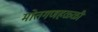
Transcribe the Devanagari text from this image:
मोतगणहळ्ळी